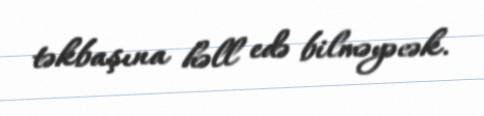
təkbaşına həll edə bilməyəcək.